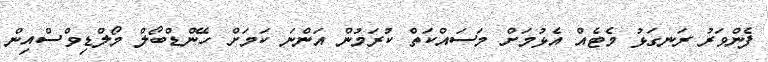
ފެންވަރު ރަނގަޅު މެޓެއް އެޅުމަށް މަސައްކަތް ކުރަމުން އަންނަ ކަމަށް ހޭންޑްބޯލް މޯލްޑިވްސްއިން